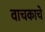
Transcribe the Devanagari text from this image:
वाचकाचे